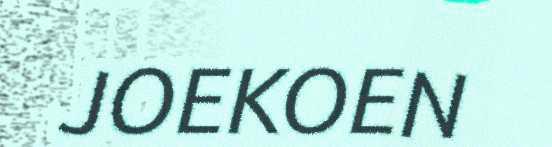
JOEKOEN